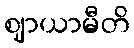
ဈာယာမီတိ